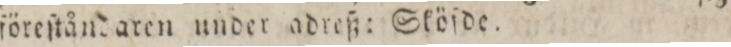
föreſtåndaren under adreß: Sköſde.